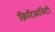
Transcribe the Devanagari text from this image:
क्रिटिकलिटी